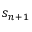
s _ { n + 1 }